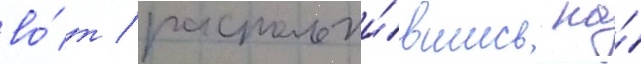
во́т / расположи́вшись на́